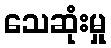
သေဆုံးမှု